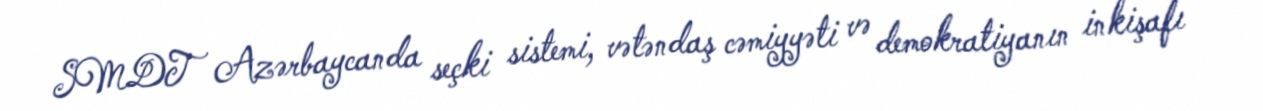
SMDT Azərbaycanda seçki sistemi, vətəndaş cəmiyyəti və demokratiyanın inkişafı